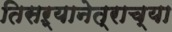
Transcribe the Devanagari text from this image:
तिसऱ्यानेत्राच्या